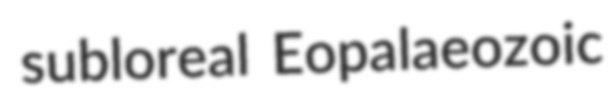
subloreal Eopalaeozoic